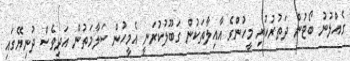
ގެއްލުނު ބޯޓުން ދަތުރުކުރި މީހުންގެ އާއިލާތަކުން ގަބޫލުކުރަނީ އެމީހުން ސަލާމަތުން އަދިވެސް ދުނިޔޭގައި